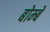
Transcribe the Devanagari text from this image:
बोम्‍बे